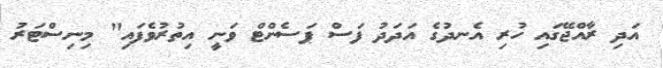
އަދި ރާއްޖޭގައި ހުރި އެނދުގެ އަދަދު ފަސް ޕަސެންޓް ވަނީ އިތުރުވެފައި" މިނިސްޓަރު